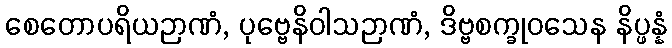
စေတောပရိယဉာဏံ, ပုဗ္ဗေနိဝါသဉာဏံ, ဒိဗ္ဗစက္ခုဝသေန နိပ္ဖန္နံ